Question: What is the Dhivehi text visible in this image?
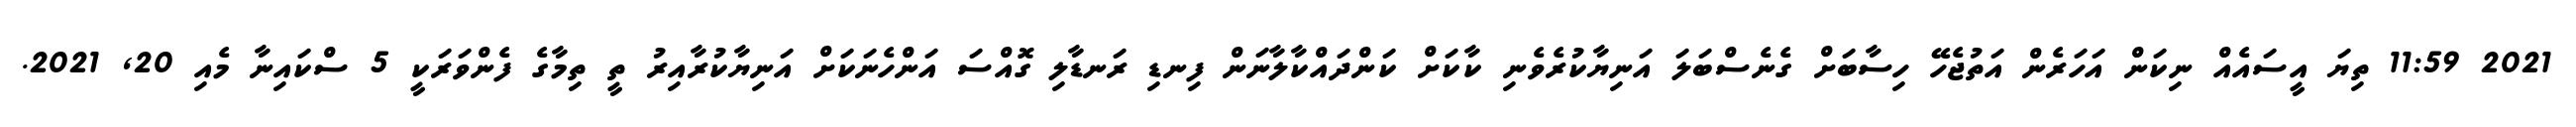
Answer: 2021 11:59 ތިޔަ އީސައެއް ނިކަން އަހަރެން އަތުޖެހޭ ހިސާބަށް ގެނެސްބަލަ އަނިޔާކުރެވެނި ކާކަށް ކަންދައްކާލާނަން ފިނޑި ރަނޑާލި ގޮއްސަ އަންހެނަކަށް އަނިޔާކުރާއިރު ތީ ތިމާގެ ފެންވަރަކީ 5 ސްކައިނާ މެއި 20, 2021.